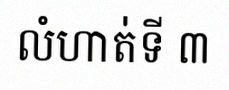
លំហាត់ទី ៣